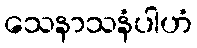
သေနာသနံပါဟံ